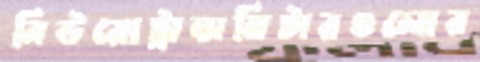
নিউরোট্রান্সমিটারগুলোর